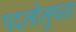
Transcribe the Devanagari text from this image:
पदलोलुपता